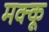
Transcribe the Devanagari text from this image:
मक्‍कू